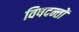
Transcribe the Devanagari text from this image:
विषदन्तों